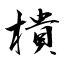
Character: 樻